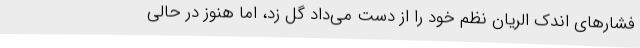
فشارهای اندک الریان نظم خود را از دست می‌داد گل زد، اما هنوز در حالی